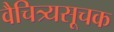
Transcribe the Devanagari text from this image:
वैचित्र्यसूचक